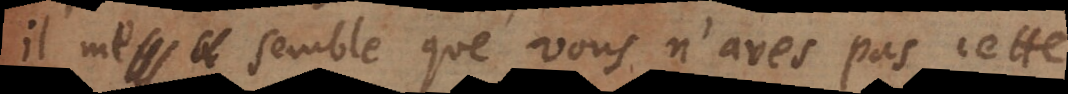
il me semble que vous n’aves pas cette